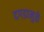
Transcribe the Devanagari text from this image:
दगडामुळे